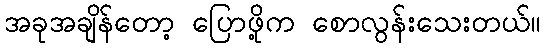
အခုအချိန်တော့ ပြောဖို့က စောလွန်းသေးတယ်။